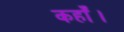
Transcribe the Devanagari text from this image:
कहाँ।